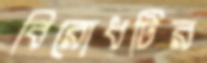
বিরোধটির